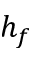
h _ { f }